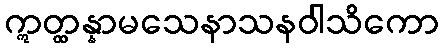
ဣတ္ထန္နာမသေနာသနဝါသိကော